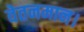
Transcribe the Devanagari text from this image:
वेतनमान।